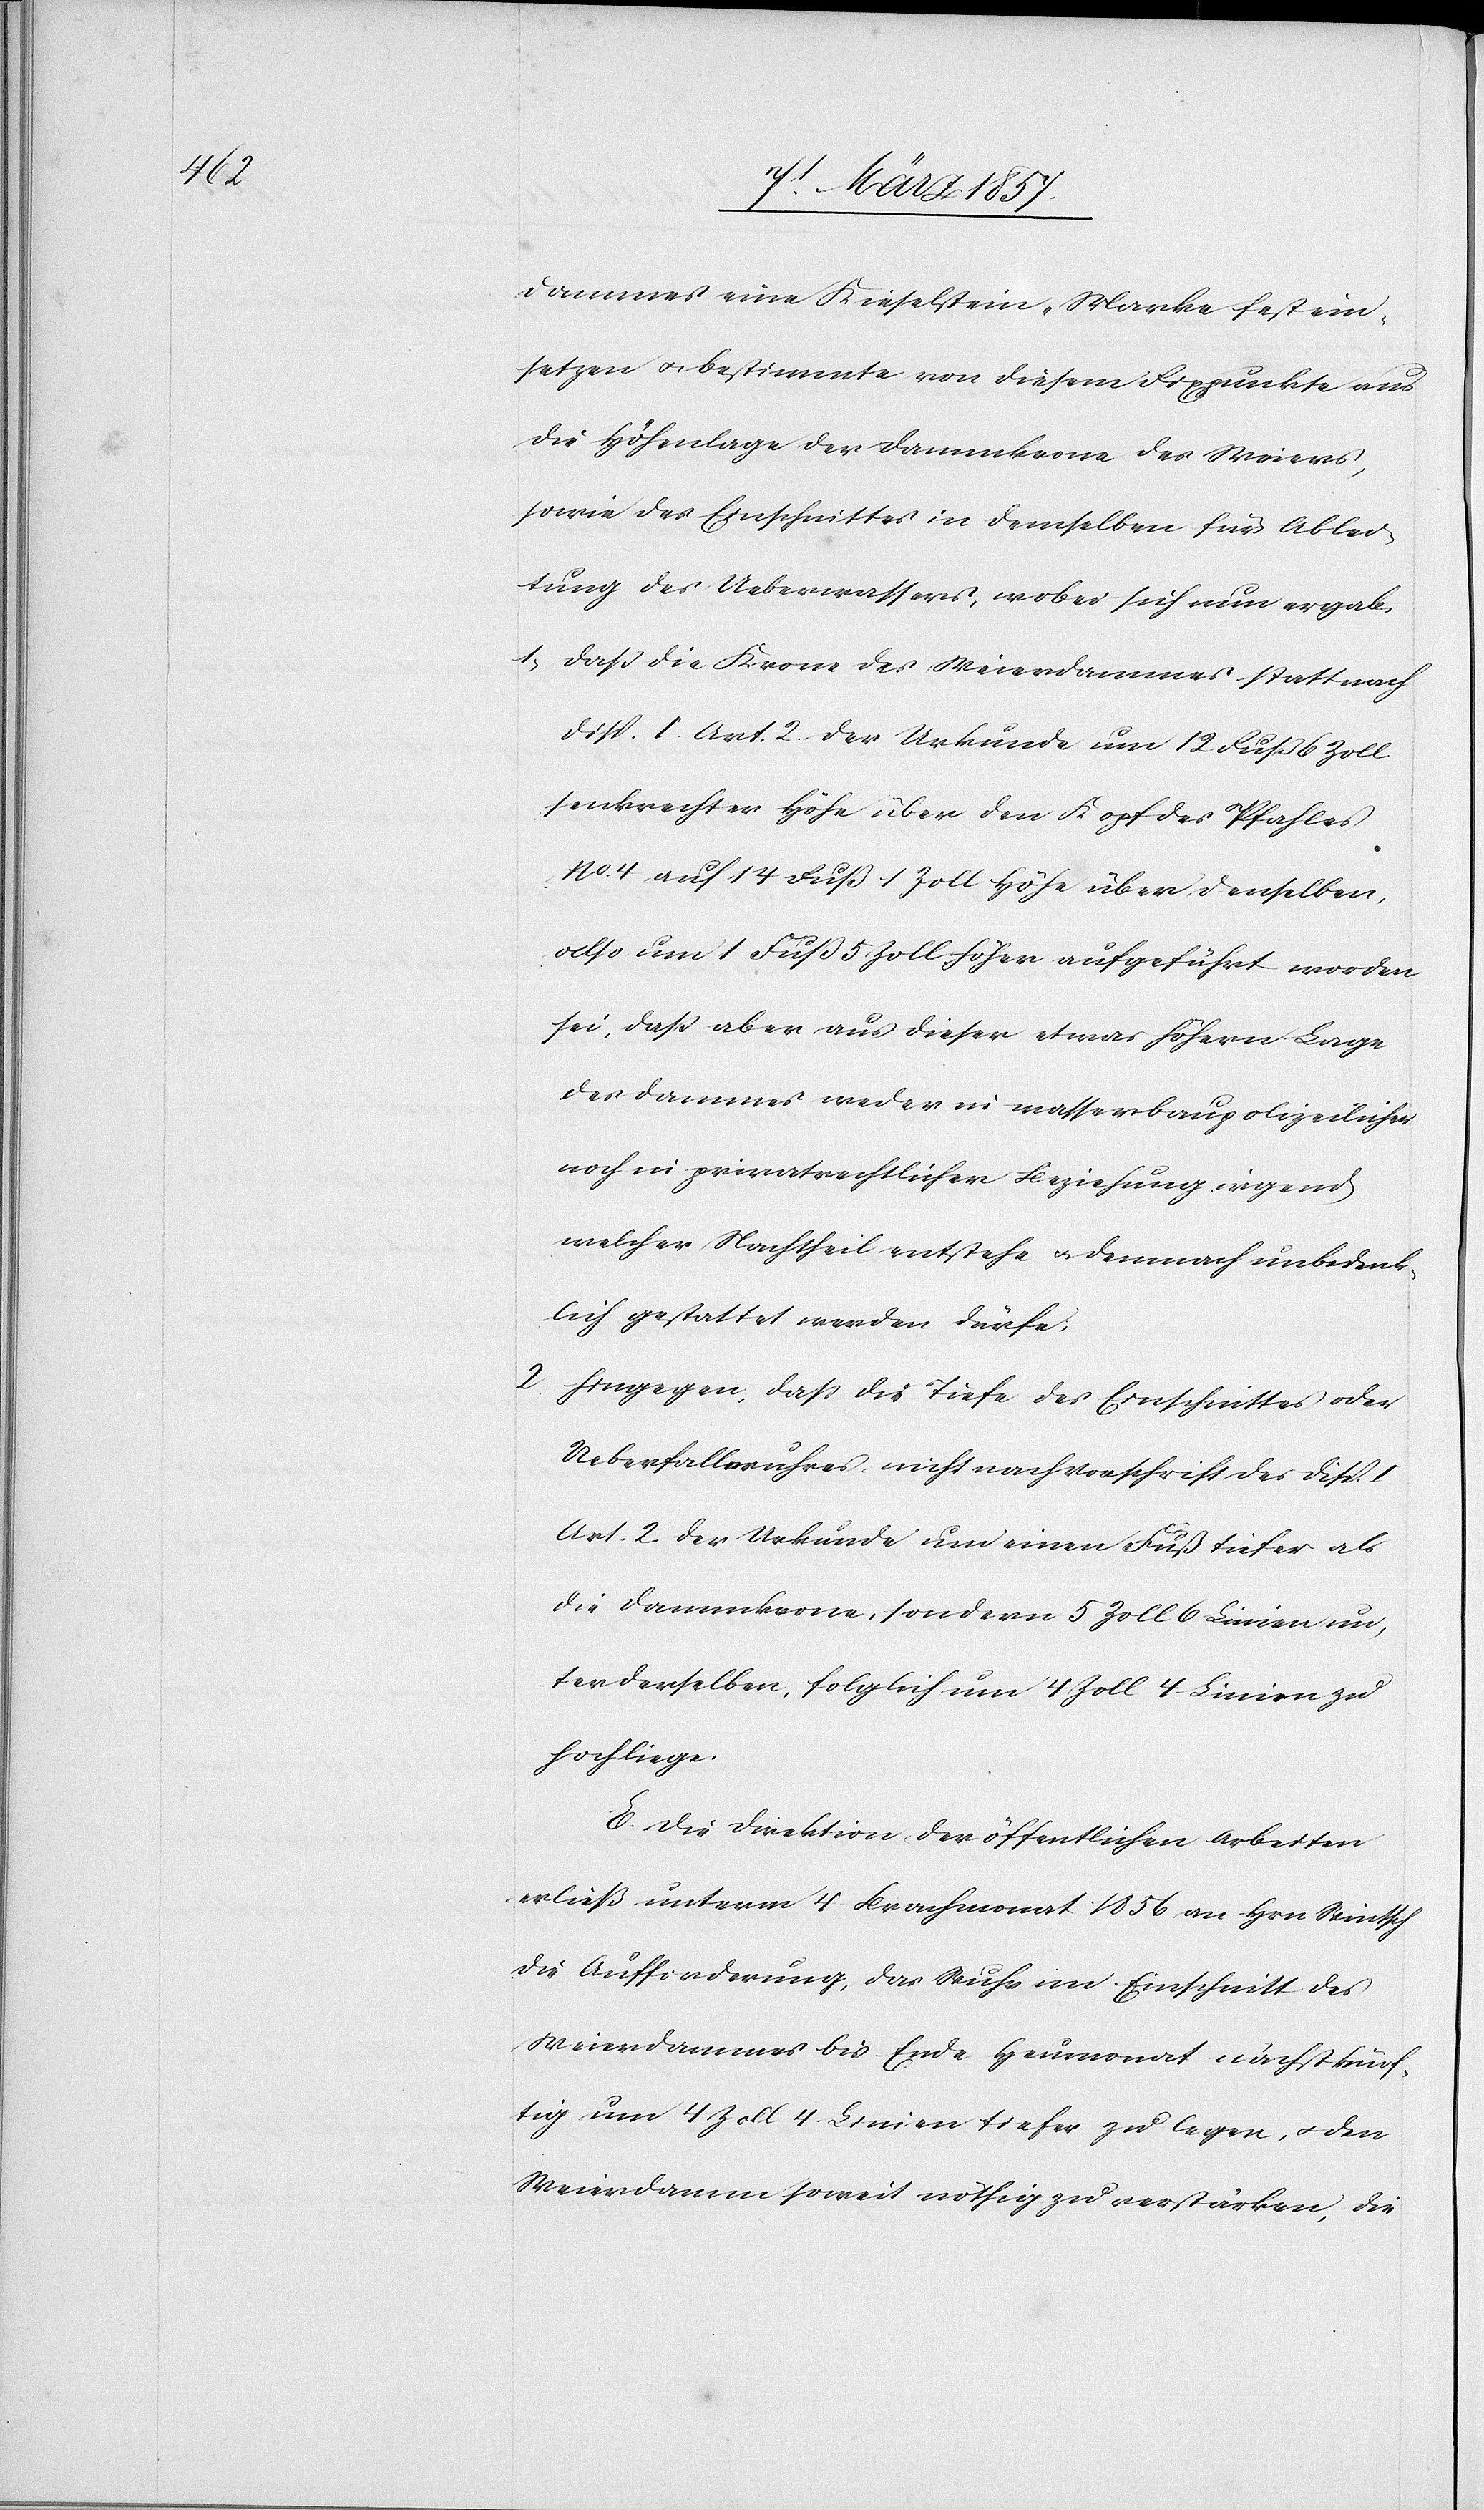
dammes eine Kieselstein-Marke fest ein¬
setzen u. bestimmte von diesem Fixpunkte aus
die Höhenlage der Dammkrone des Weiers,
sowie des Einschnittes in demselben für Ablei¬
tung des Ueberwassers, wobei sich nun ergab,
1. daß die Krone des Weierdammes statt nach
Disp. I Art. 2 der Urkunde um 12 Fuß 6 Zoll
senkrechter Höhe über den Kopf des Pfahles
No 4 auf 14 Fuß 1 Zoll Höhe über denselben,
also um 1 Fuß 5 Zoll höher aufgeführt worden
sei; daß aber aus dieser etwas höhern Lage
des Dammes weder in wasserbaupolizeilicher
noch in privatrechtlicher Beziehung irgend
welcher Nachtheil entstehe u. demnach unbedenk¬
lich gestattet werden dürfe;
2. hingegen, daß die Tiefe des Einschnittes oder
Ueberfallwuhres nicht nach Vorschrift des Disp.
Art. 2 der Urkunde um einen Fuß tiefer als
die Dammkrone, sondern 5 Zoll 6 Linien un¬
ter derselben, folglich um 4 Zoll 4 Linien zu
hoch liege.
E. Die Direktion der öffentlichen Arbeiten
erließ unterm 4 Brachmonat 1856 an Hrn Wintsch
die Aufforderung, das Wuhr im Einschnitt des
Weierdammes bis Ende Heumonat nächstkünf¬
tig um 4 Zoll 4 Linien tiefer zu legen, u. den
Weierdamm soweit nöthig zu verstärken, die